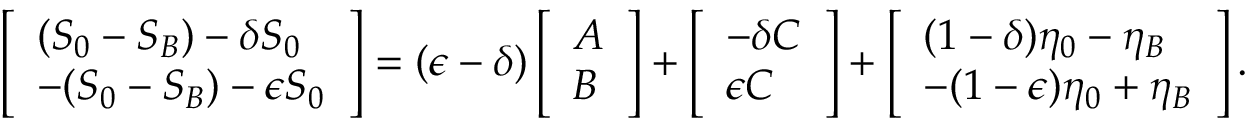
\left[ \begin{array} { l } { ( S _ { 0 } - S _ { B } ) - \delta S _ { 0 } } \\ { - ( S _ { 0 } - S _ { B } ) - \epsilon S _ { 0 } } \end{array} \right] = ( \epsilon - \delta ) \left[ \begin{array} { l } { A } \\ { B } \end{array} \right] + \left[ \begin{array} { l } { - \delta C } \\ { \epsilon C } \end{array} \right] + \left[ \begin{array} { l } { ( 1 - \delta ) \eta _ { 0 } - \eta _ { B } } \\ { - ( 1 - \epsilon ) \eta _ { 0 } + \eta _ { B } } \end{array} \right] .